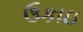
ઉકાઇ